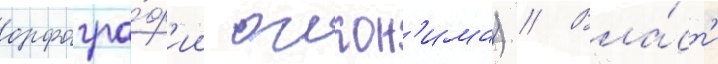
орфогра́ф'ии оикон'има) // Вла́ст'и